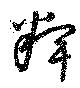
粺